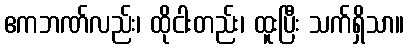
ဧကဘဏ်လည်း၊ ထိုငါးတည်း၊ ထူးပြီး သက်ရှိသာ။